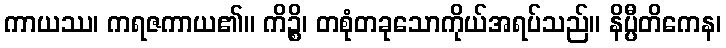
ကာယဿ၊ ကရဇကာယ၏။ ကိဉ္စိ၊ တစုံတခုသောကိုယ်အရပ်သည်။ နိပ္ပီတိကေန၊